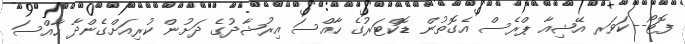
ފޮޓޯ--ކަވަރ އޭޝިއާ ޕްރެސް އެގޮތުން ޑޮކްޓަރުގެ ހާއްސަ އިރުޝާދުގެ ދަށުން ކުރިއަށްގެންދާ ހާއްސަ